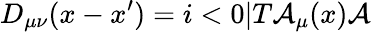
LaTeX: D_{\mu\nu}(x-x^{\prime})=i<0|T{\cal A}_{\mu}(x){\cal A}